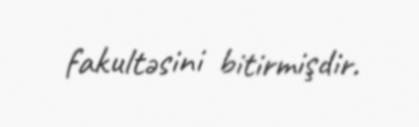
fakultəsini bitirmişdir.